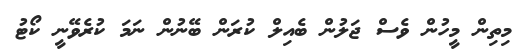
މިތިން މީހުން ވެސް ޖަލުން ބެއިލް ކުރަން ބޭނުން ނަމަ ކުރެވޭނީ ކޯޓު